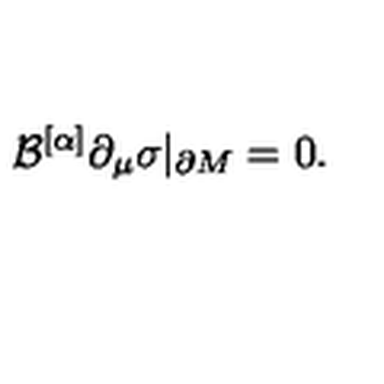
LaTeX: { \cal B } ^ { [ \alpha ] } \partial _ { \mu } \sigma | _ { \partial M } = 0 .